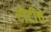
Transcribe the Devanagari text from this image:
रोटीचे